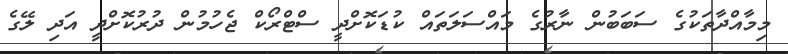
މިމާއްދާތަކުގެ ސަބަބުން ނާރުގެ މައްސަލަތައް ކުޑަކޮށްދީ ސްޓްރޯކް ޖެހުމުން ދުުރުކޮށްދީ އަދި ލޭގެ